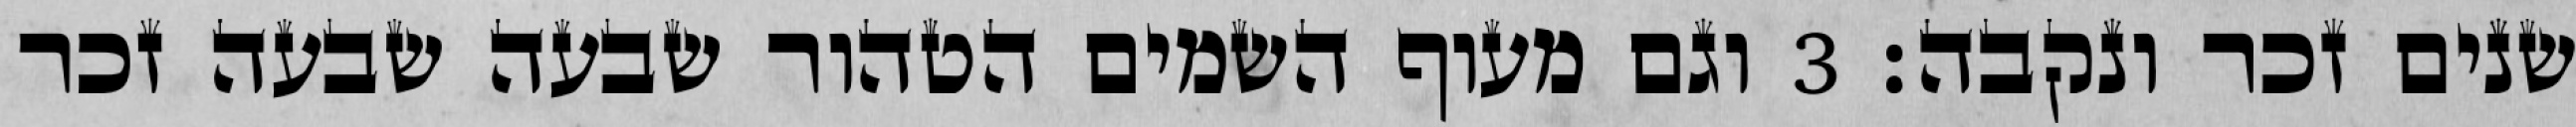
שנים זכר ונקבה׃ ‎3‏ וגם מעוף השמים הטהור שבעה שבעה זכר